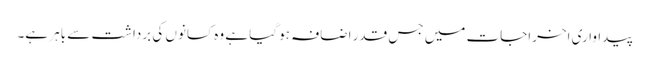
پیداواری اخراجات میں جس قدر اضافہ ہو گیا ہے وہ کسانوں کی برداشت سے باہر ہے۔